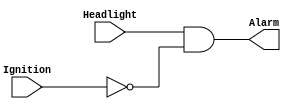
module lab2_1(input Headlight, input Ignition, output Alarm);
assign Alarm = (Headlight & ~Ignition);
endmodule